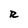
Character: R